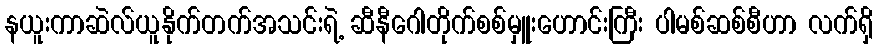
နယူးကာဆဲလ်ယူနိုက်တက်အသင်းရဲ့ ဆီနီဂေါတိုက်စစ်မှူးဟောင်းကြီး ပါမစ်ဆစ်စီဟာ လက်ရှိ